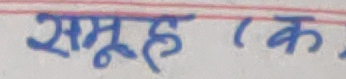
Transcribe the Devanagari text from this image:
समूह (क